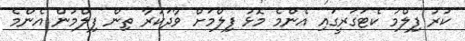
ކުރު ފިލްމު ކެޓަގަރީގައި އެންމެ މޮޅު ފިލްމަށް ވާދަކުރާ ތިން ފިލްމުން އެންމެ